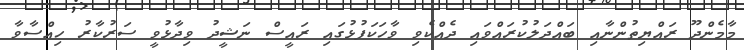
މާމެންދޫ ރައްޔިތުންނާއި ބައްދަލުކުރައްވައި ދެއްކެވި ވާހަކަފުޅުގައި ރައީސް ނަޝީދު ވިދާޅުވީ ސަރުކާރު ހިއްސާވާ